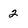
Character: 2